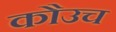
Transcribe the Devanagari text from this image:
कौउच